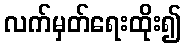
လက်မှတ်ရေးထိုး၍